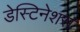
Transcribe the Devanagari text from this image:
डेस्टिनेशंस